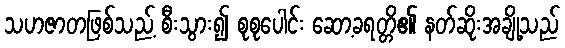
သဟဇာတဖြစ်သည့် စီးသွား၍ စုစုပေါင်း ဆော့ခရတ္တိ၏ နတ်ဆိုးအချို့သည်